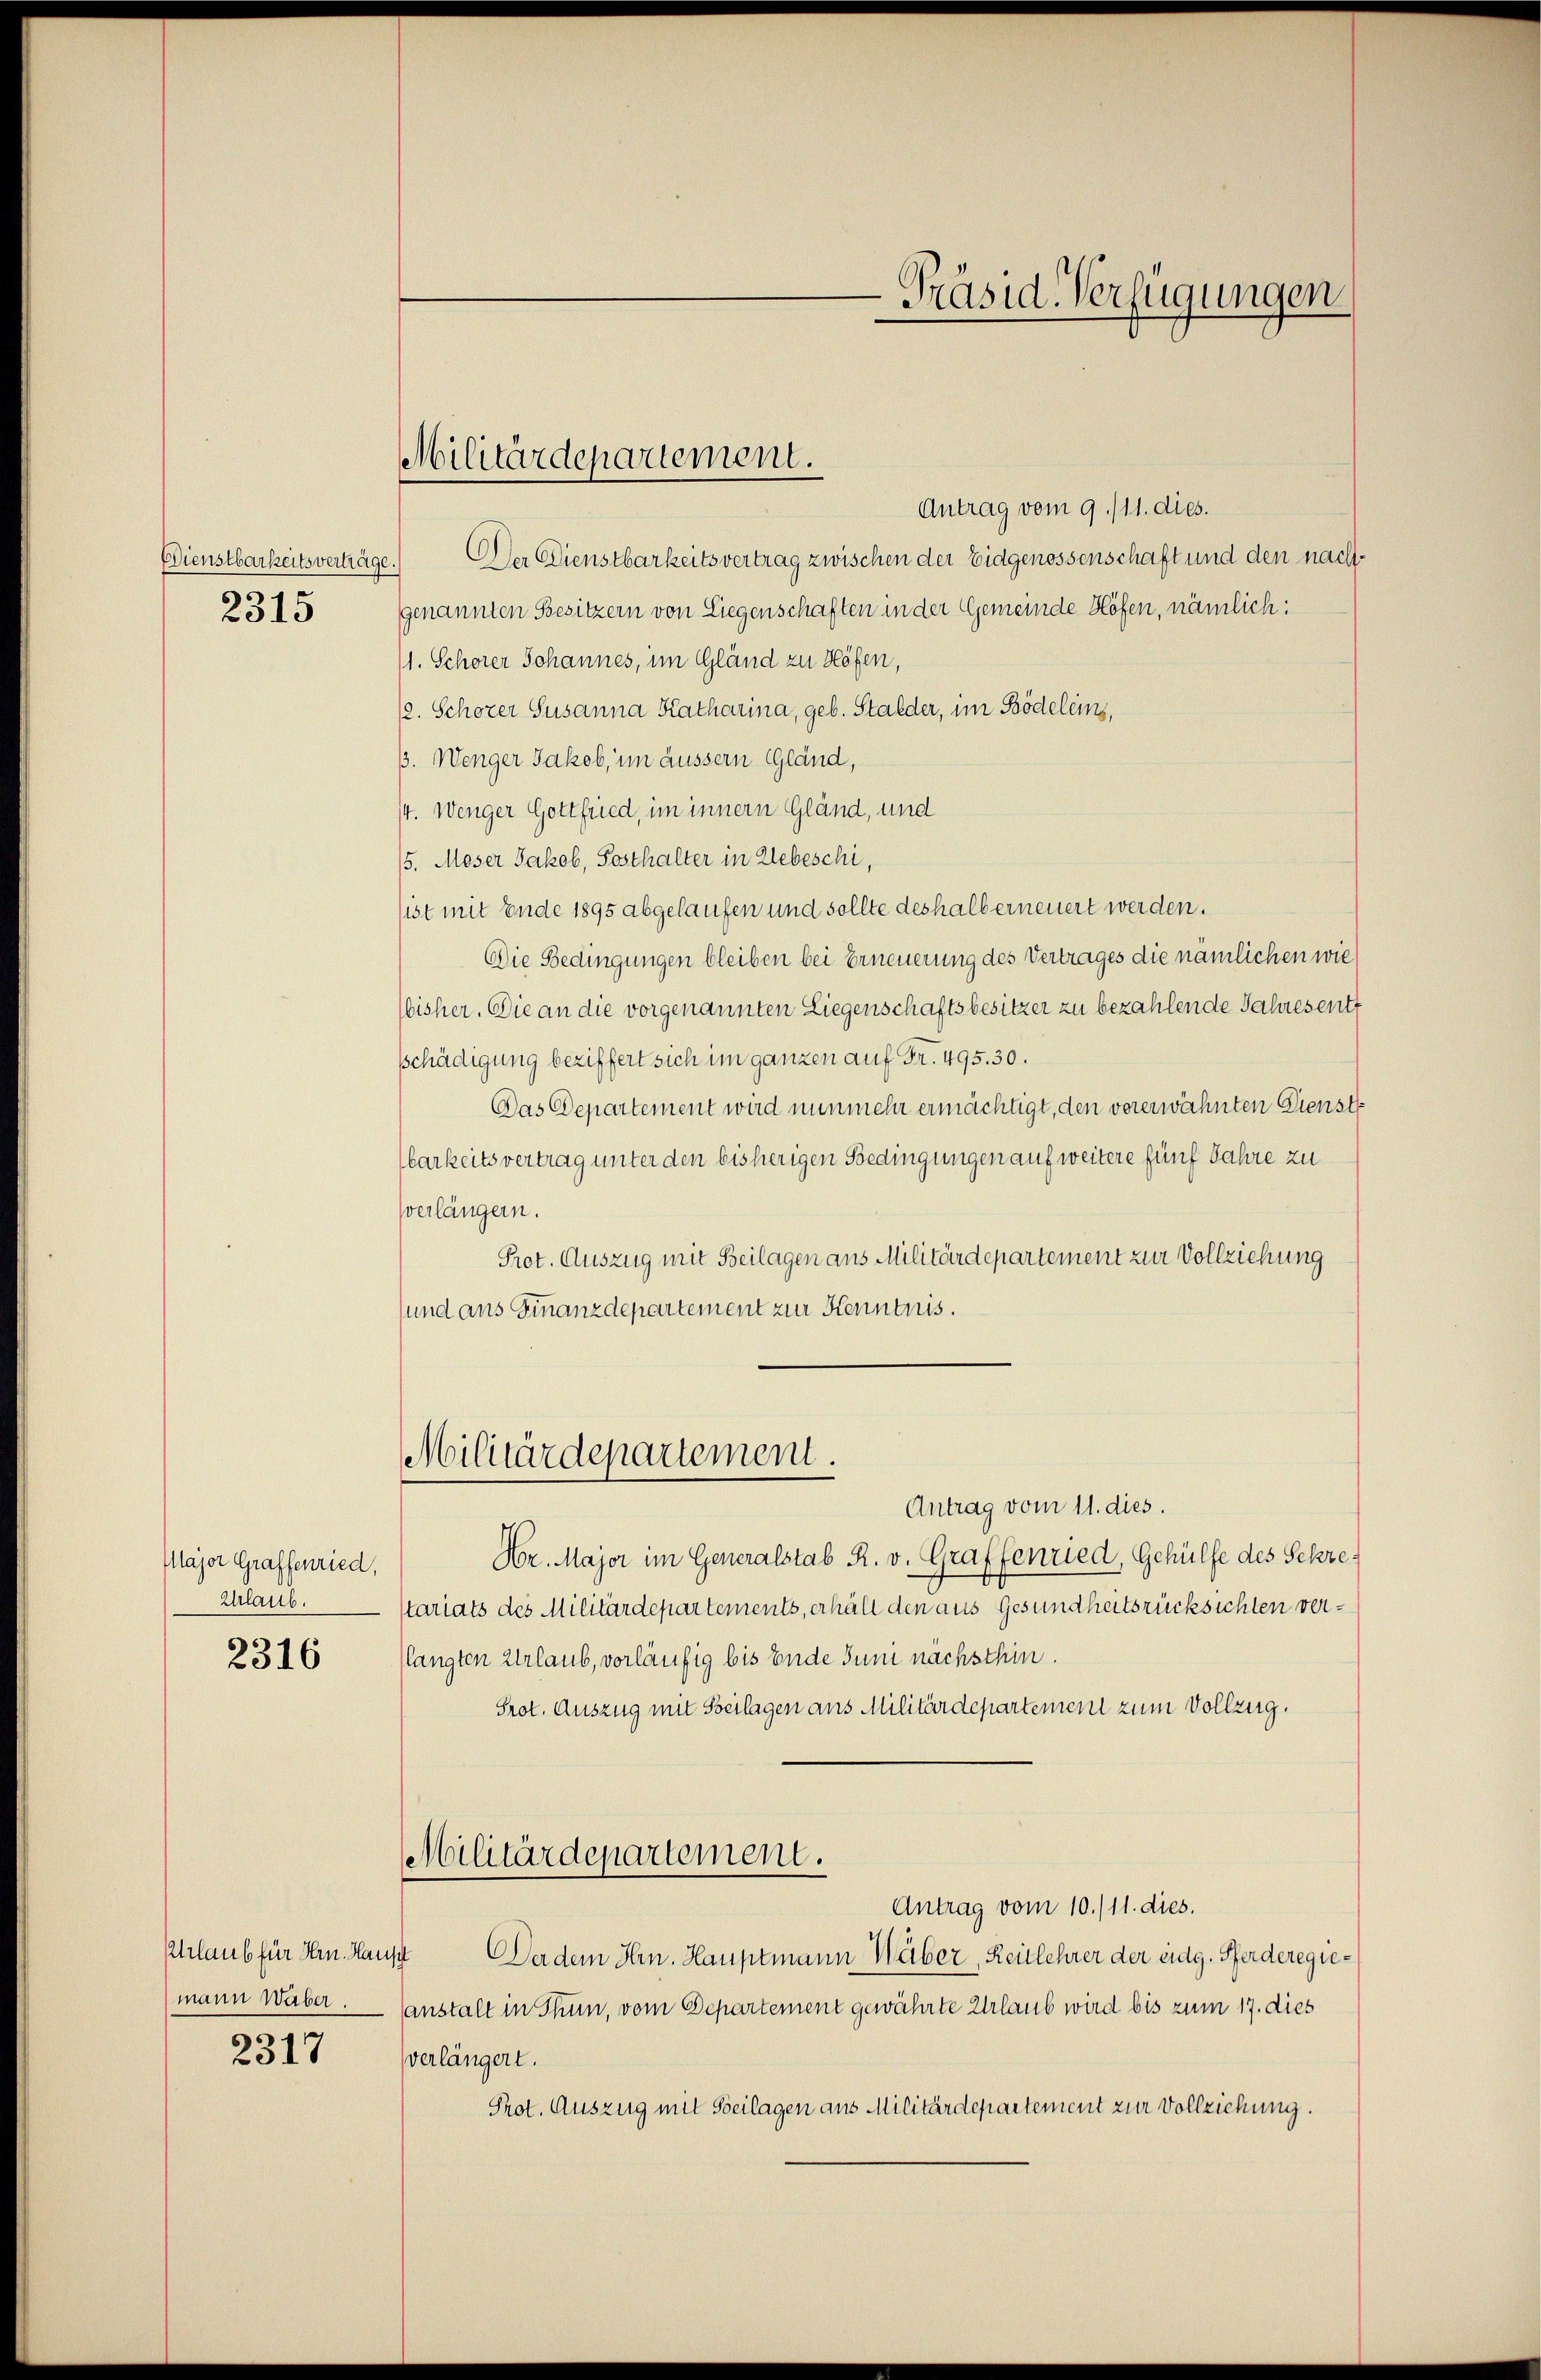
Dienstbarkeitsverträge.
2315

Major Graffenried,
Urlaub.

2316

Urlaub für Hrn. Haupt
mann Waber
2317

Antrag vom 9./11. dies.
Der Dienstbarkeitsvertrag zwischen der Eidgenossenschaft und den nachgenannten Besitzern von Liegenschaften in der Gemeinde Höfen, nämlich:
(1. Schöner Johannes, im Gländ zu Höfen,
/2. Schorer Susanna Katharina, geb. Stalder, im Bödeleins,
ß. Wenger Jakob, im äussern Gland,
/4. Wenger Gottfried, im innern Gländ, und
5. Moser Jakob, Posthalter in Liebeschi,
sist mit Ende 1895 abgelaufen und sollte deshalb erneuert werden.
Die Bedingungen bleiben bei Erneuerung des Vertrages die nämlichen wie
bisher. Die an die vorgenannten Liegenschaftsbesitzer zu bezahlende Jahresentt
schädigung beziffert sich im ganzen auf Fr. 495. 30.
Das Departement wird nunmehr ermächtigt, den vorerwähnten Dienst
barkeits vertrag unter den bisherigen Bedingungen auf weitere fünf Jahre zu
Verlängern.
Prot. Auszug mit Beilagen aus Militärdepartement zur Vollziehung
und aus Finanzdepartement zur Kenntnis.

Militärdepartement.

Antrag vom 11. dies.
Hr. Major im Generalstab R. v. Graffenried, Gehülfe des Sekretariats des Militärdepartements, erhält den aus Gesundheitsrücksichten verlangten Urlaub, vorläufig bis Ende Juni nächsthin.
Prot. Auszug mit Beilagen aus Militärdepartement zum Vollzug.
Militärdepartement.
Antrag vom 10./11. dies.
Da dem Hrn. Hauptmann Weber, Reitlehrer der eidg. Pferderegiesanstalt in Thun, vom Departement gewährte Urlaub wird bis zum 17. dies
verlängert.
Prot. Auszug mit Beilagen aus Militärdepartement zur Vollziehung.

Militärdepartement.

Präsid-Verfügungen